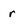
Character: r